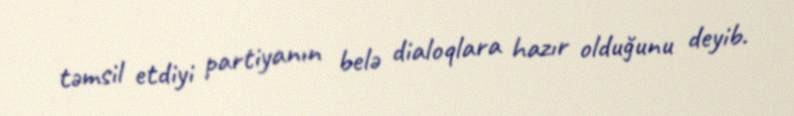
təmsil etdiyi partiyanın belə dialoqlara hazır olduğunu deyib.